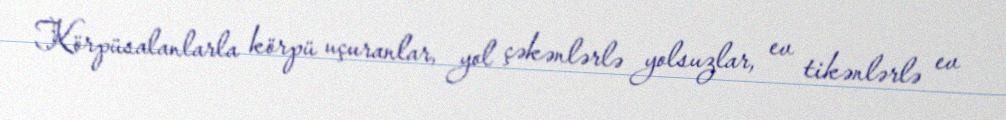
Körpüsalanlarla körpü uçuranlar, yol çəkənlərlə yolsuzlar, ev tikənlərlə ev